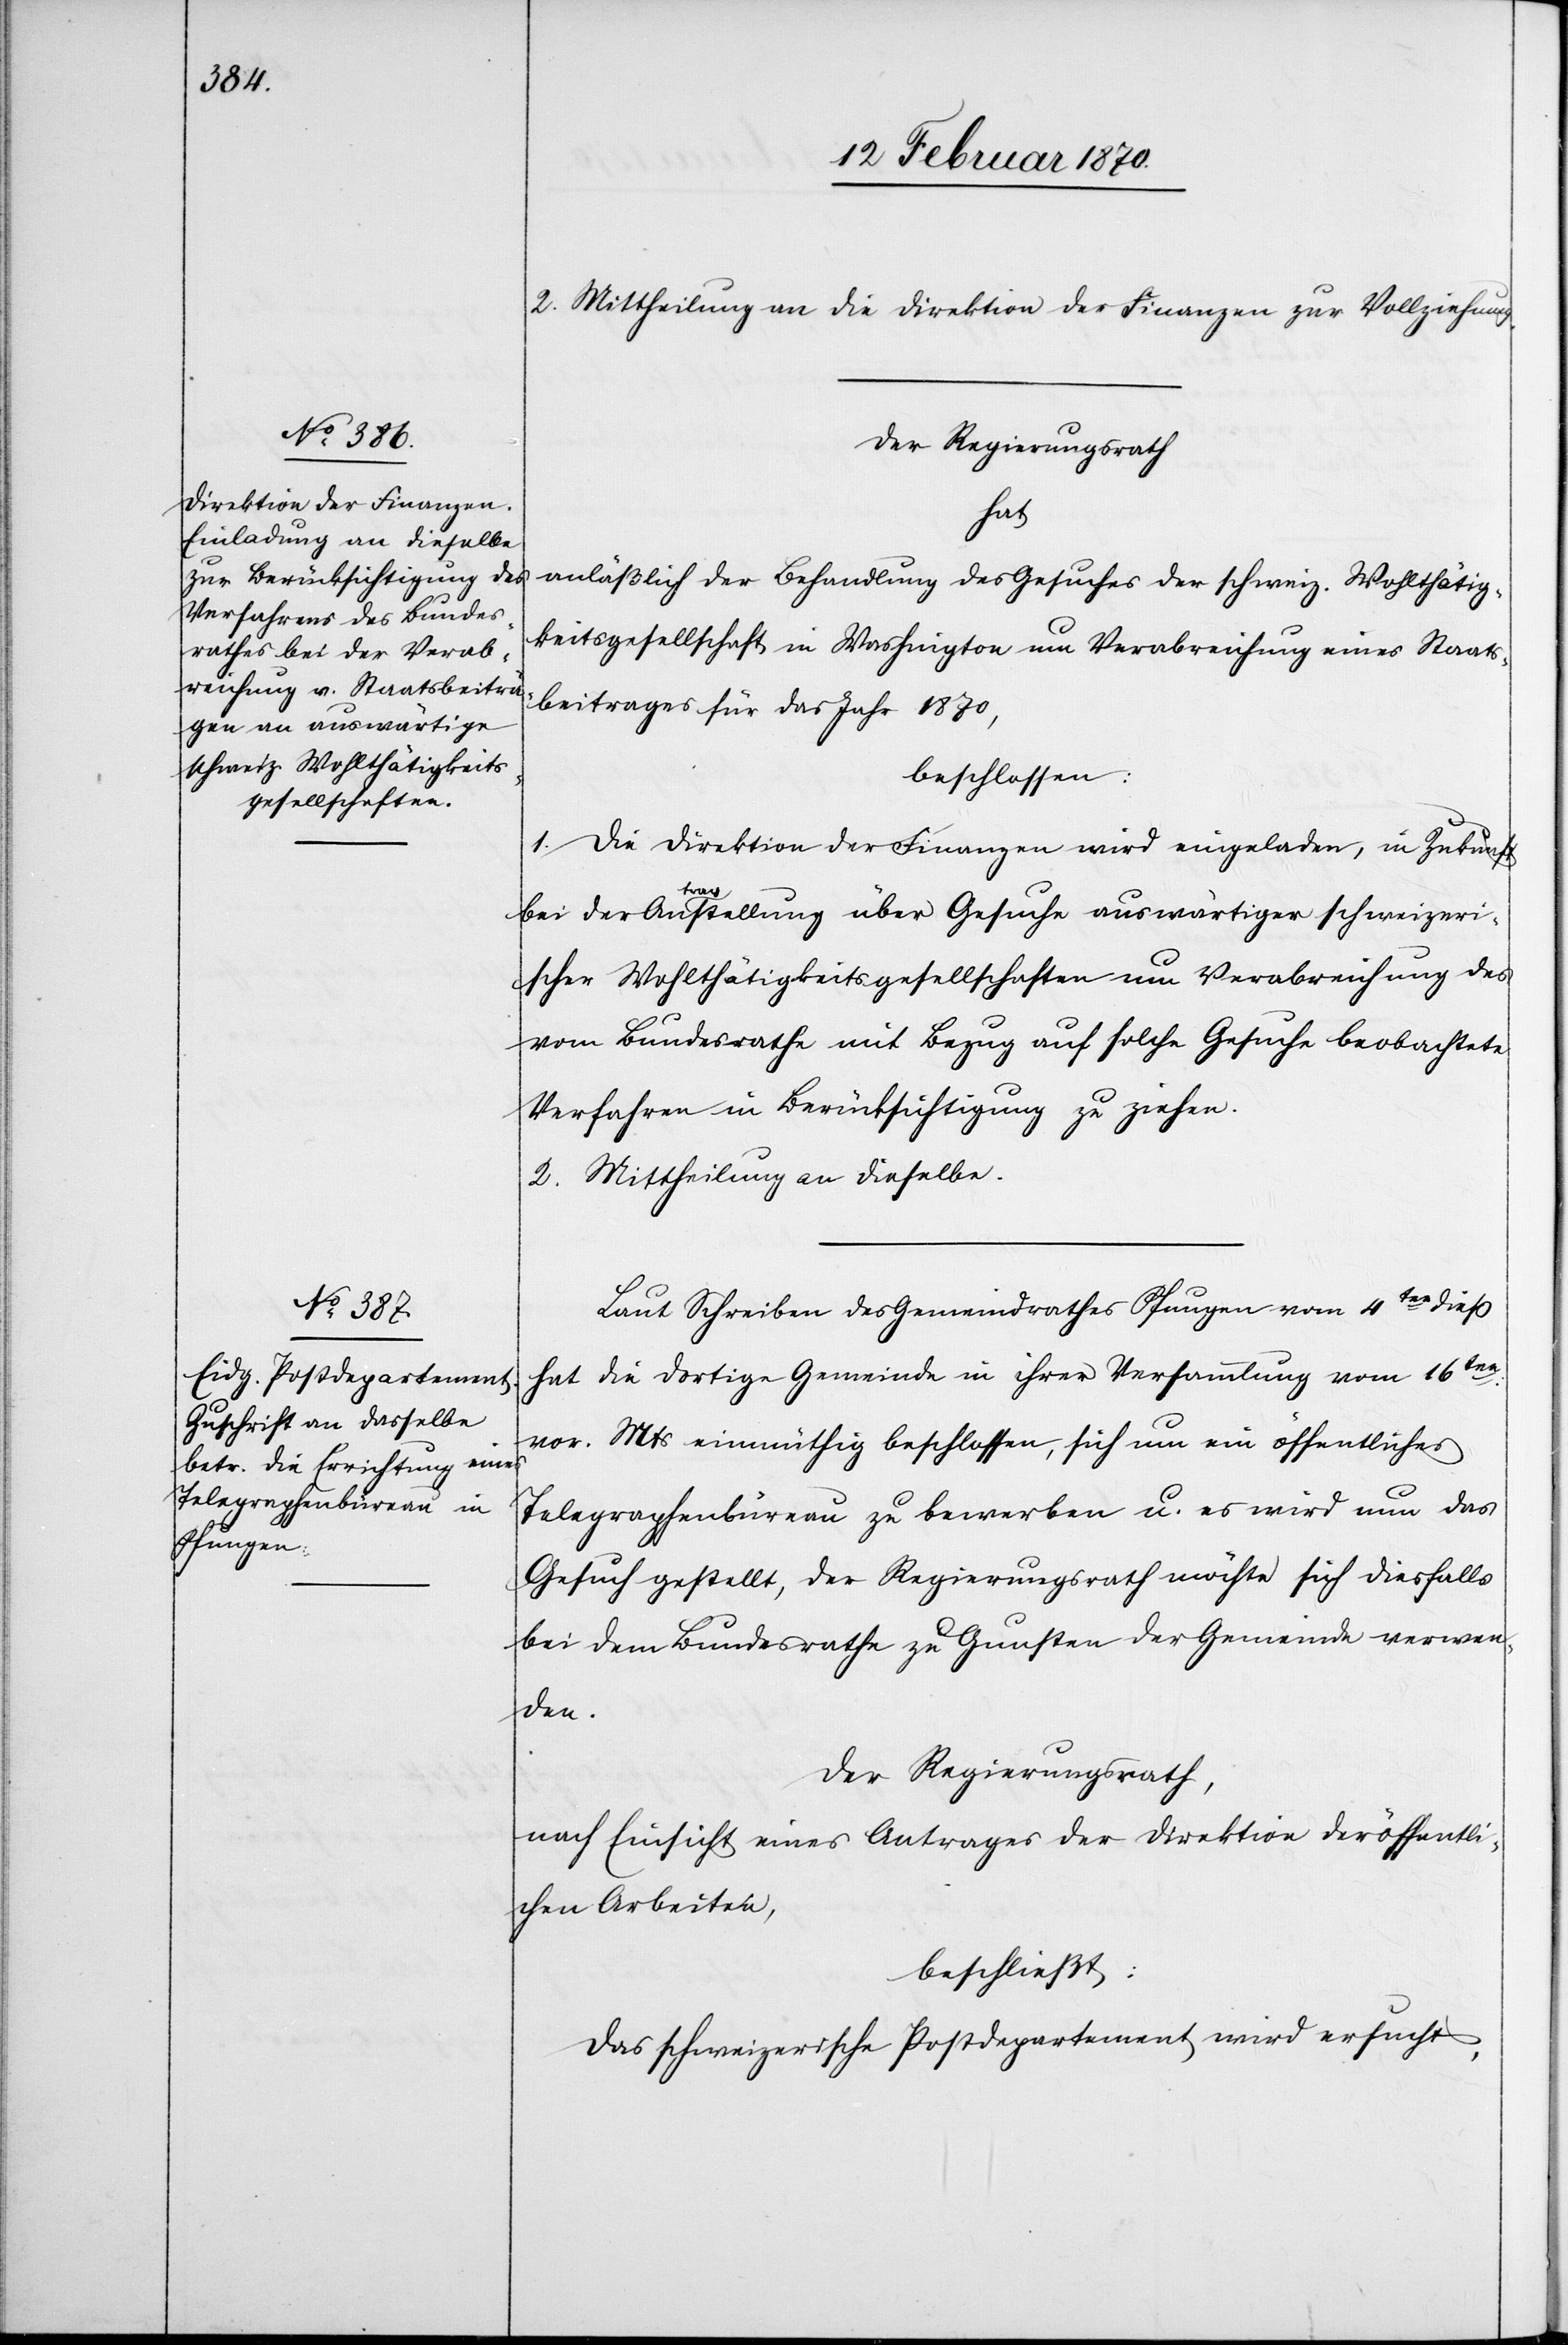
2. Mittheilung an die Direktion der Finanzen zur Vollziehung.
Der Regierungsrath
hat
anläßlich der Behandlung des Gesuches der schweiz. Wohlthätig¬
keitsgesellschaft in Washington um Verabreichung eines Staats¬
beitrages für das Jahr 1870,
beschlossen:
1. Die Direktion der Finanzen wird eingeladen, in Zukunft
bei der Antragstellung über Gesuche auswärtiger schweizeri¬
scher Wohlthätigkeitsgesellschaften um Verabreichung des
vom Bundesrathe mit Bezug auf solche Gesuche beobachtete
Verfahren in Berücksichtigung zu ziehen.
2. Mittheilung an dieselbe.
Laut Schreiben des Gemeindrathes Pfungen vom 4ten dieß
hat die dortige Gemeinde in ihrer Versammlung vom 16ten:
vor. Mts einmüthig beschlossen, sich um ein öffentliches
Telegraphenbüreau zu bewerben u. es wird nun das
Gesuch gestellt, der Regierungsrath möchte sich diesfalls
bei dem Bundesrathe zu Gunsten der Gemeinde verwen¬
den.
Der Regierungsrath,
nach Einsicht eines Antrages der Direktion der öffentli¬
che Arbeiten,
beschließt:
Das schweizerische Postdepartement wird ersucht,